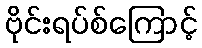
ဗိုင်းရပ်စ်ကြောင့်